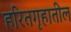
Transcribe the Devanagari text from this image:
हरितगृहातील